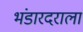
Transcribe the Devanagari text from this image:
भंडारदराला